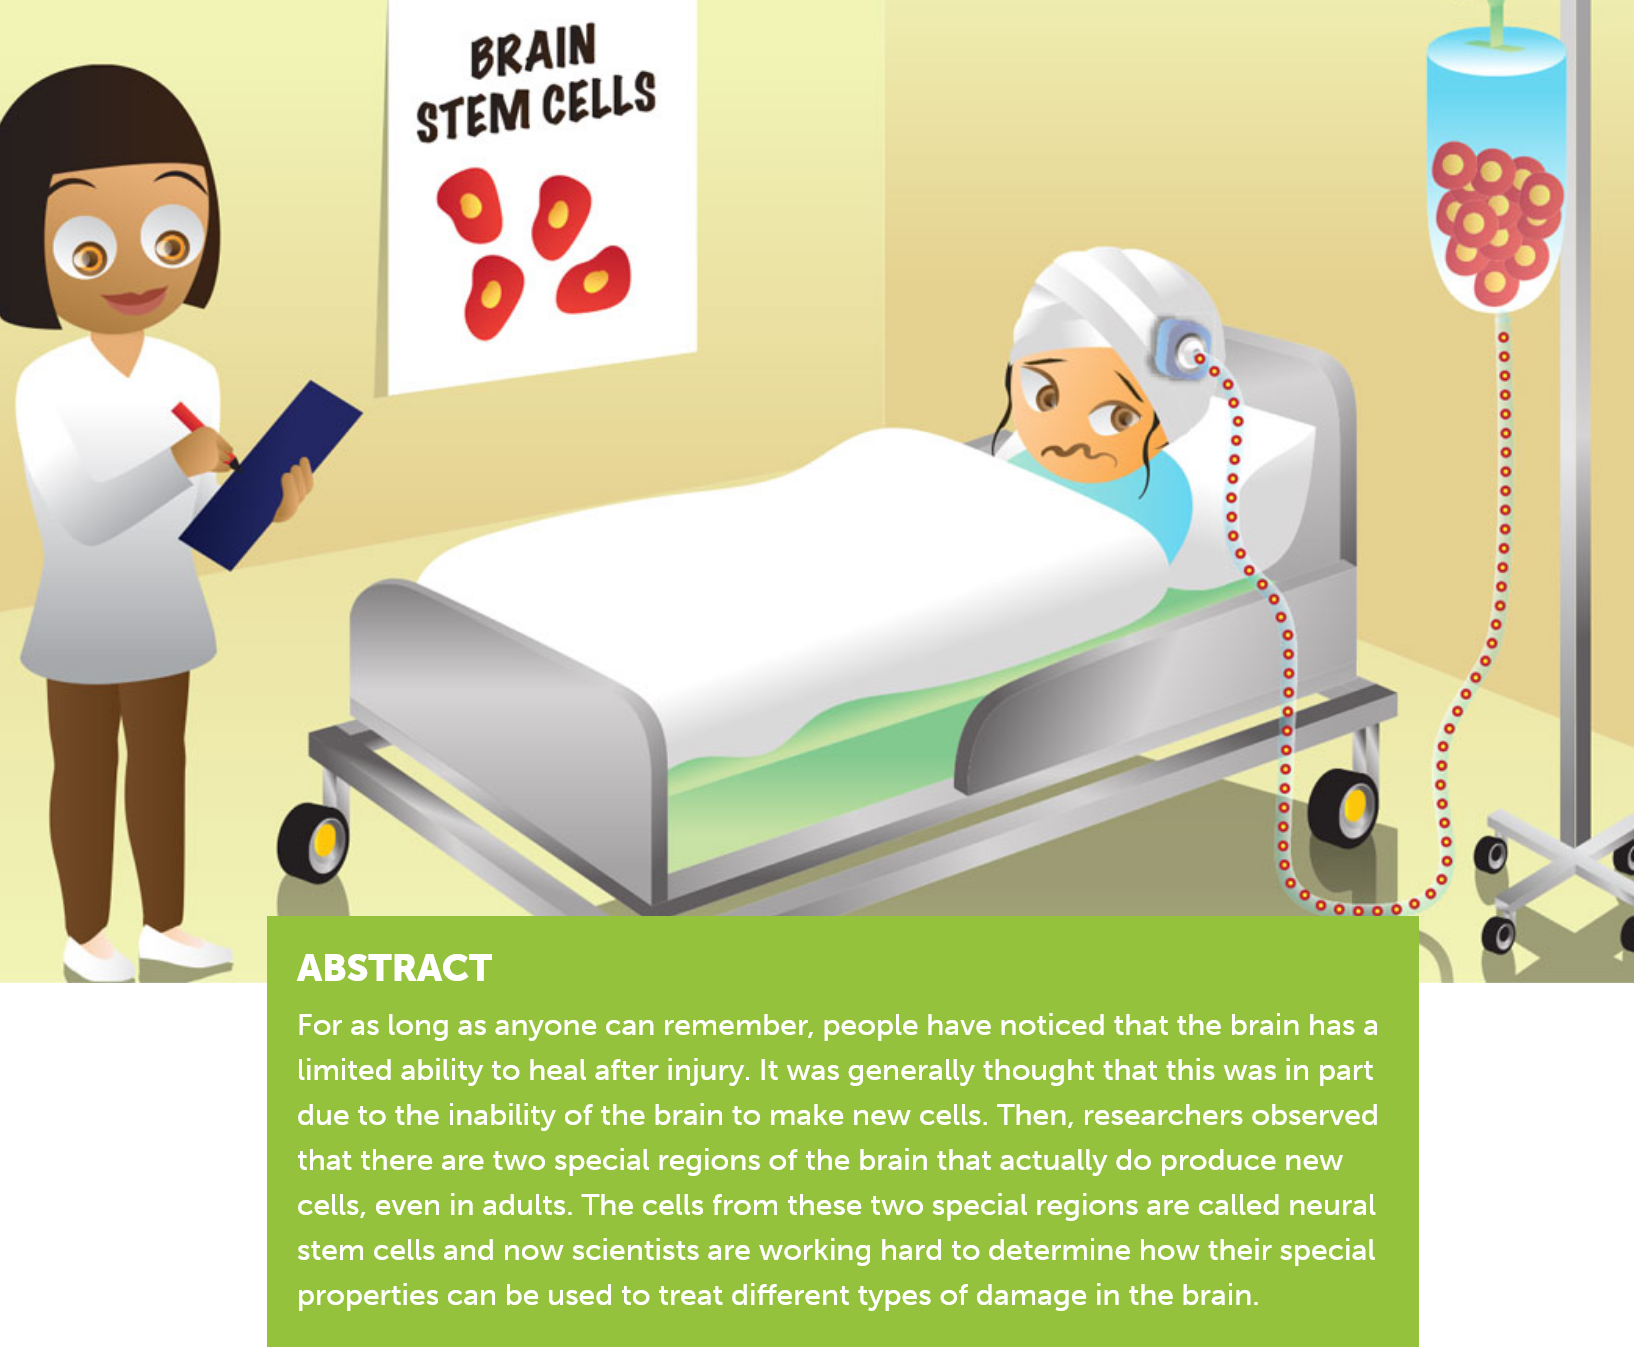
BRAIN
     gTeM    CELLS
     990
     9    oe

     ABSTRACT
     For as long as anyone can remember, people have noticed that the brain has a
     limited ability to heal after injury. It was generally thought that this was in part
     due to the inability of the brain to make new cells. Then, researchers observed
     that there are two special regions of the brain that actually do produce new
     cells, even in adults. The cells from these two special regions are called neural
     stem cells and now scientists are working hard to determine how their special
     properties can be used to treat different types of damage in the brain.